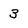
Character: 3